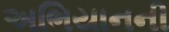
અભિયાનની